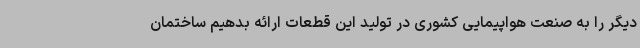
دیگر را به صنعت هواپیمایی کشوری در تولید این قطعات ارائه بدهیم ساختمان